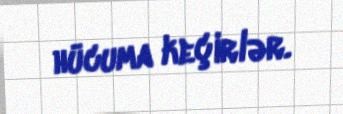
hücuma keçirlər.